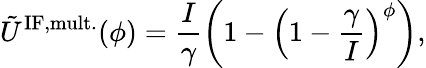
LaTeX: \tilde{U}^{\mathrm{IF,mult.}}(\phi)=\frac{I}{\gamma}\left(1-\left(1-\frac{\gamma}{I}\right)^{\phi}\right),